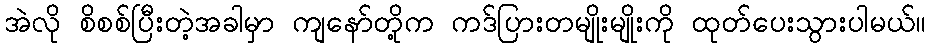
အဲလို စိစစ်ပြီးတဲ့အခါမှာ ကျနော်တို့က ကဒ်ပြားတမျိုးမျိုးကို ထုတ်ပေးသွားပါမယ်။